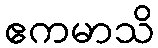
ဧကမာသိ